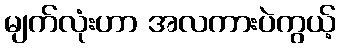
မျက်လုံးဟာ အလကားပဲကွယ့်